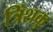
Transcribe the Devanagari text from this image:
त्रिंशकु